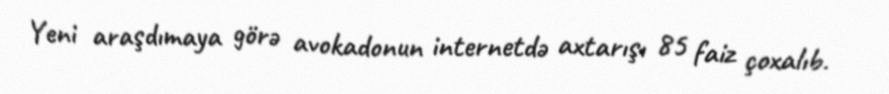
Yeni araşdımaya görə avokadonun internetdə axtarışı 85 faiz çoxalıb.